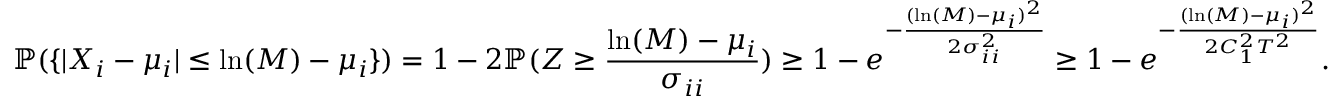
{ \mathbb P } ( \{ \vert X _ { i } - \mu _ { i } \vert \leq \ln ( M ) - \mu _ { i } \} ) = 1 - 2 { \mathbb P } ( Z \geq \frac { \ln ( M ) - \mu _ { i } } { \sigma _ { i i } } ) \geq 1 - e ^ { - \frac { ( \ln ( M ) - \mu _ { i } ) ^ { 2 } } { 2 \sigma _ { i i } ^ { 2 } } } \geq 1 - e ^ { - \frac { ( \ln ( M ) - \mu _ { i } ) ^ { 2 } } { 2 C _ { 1 } ^ { 2 } T ^ { 2 } } } .